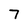
Character: 7